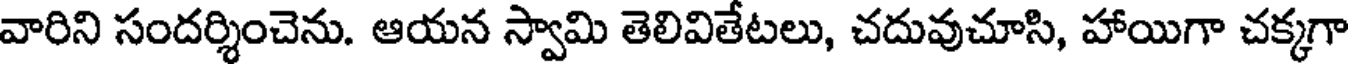
వారిని సందర్శించెను. ఆయన స్వామి తెలివితేటలు, చదువుచూసి, హాయిగా చక్కగా